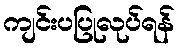
ကျင်းပပြုလုပ်ရန်